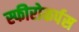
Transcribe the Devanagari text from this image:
स्फीरोकर्पस